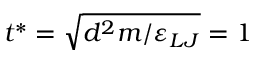
t ^ { * } = \sqrt { d ^ { 2 } m / \varepsilon _ { L J } } = 1